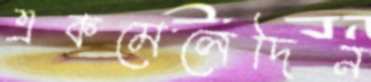
একমেলেদিন